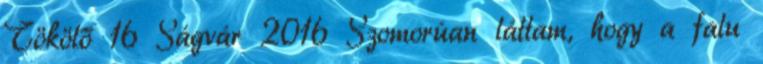
Tökölő 16 Ságvár 2016 Szomorúan láttam, hogy a falu